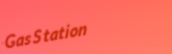
GasStation